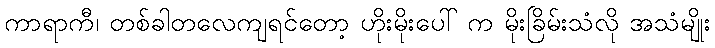
ကာရာကီ၊ တစ်ခါတလေကျရင်တော့ ဟိုးမိုးပေါ် က မိုးခြိမ်းသံလို အသံမျိုး